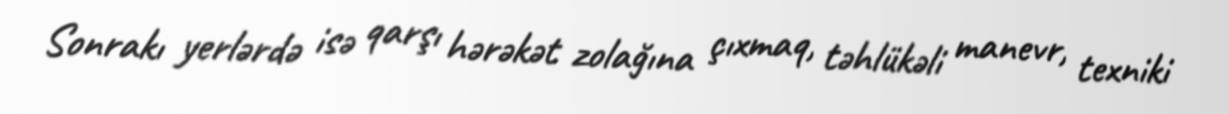
Sonrakı yerlərdə isə qarşı hərəkət zolağına çıxmaq, təhlükəli manevr, texniki